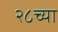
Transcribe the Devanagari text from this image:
२८च्या